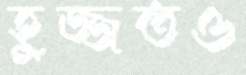
হুজ্জতও